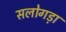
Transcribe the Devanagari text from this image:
सलोगड़ा